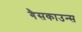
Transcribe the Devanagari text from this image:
गैसकाउन्स